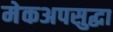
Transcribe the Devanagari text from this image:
मेकअपसुद्धा